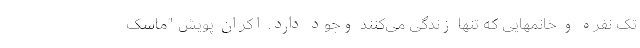
تک نفره و خانمهایی که تنها زندگی می‌کنند وجود دارد. اکران پویش "ماسک